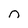
Character: n